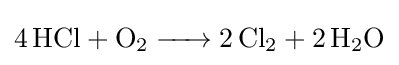
{\ce {4HCl + O2 -> 2 Cl2 + 2H2O}}